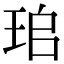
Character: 𤤷